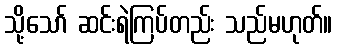
သို့သော် ဆင်းရဲကြပ်တည်း သည်မဟုတ်။